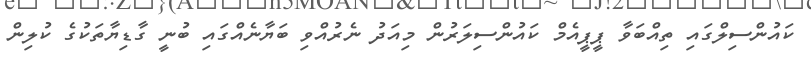
ކައުންސިލްގައި ތިއްބަވާ ޕީޕީއެމް ކައުންސިލަރުން މިއަދު ނެރުއްވި ބަޔާނެއްގައި ބުނީ ގާޑިޔާތަކުގެ ކުލިން